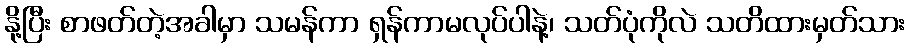
နို့ပြီး စာဖတ်တဲ့အခါမှာ သမန်ကာ ရှန်ကာမလုပ်ပါနဲ့၊ သတ်ပုံကိုလဲ သတိထားမှတ်သား